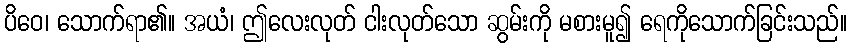
ပိဝေ၊ သောက်ရာ၏။ အယံ၊ ဤလေးလုတ် ငါးလုတ်သော ဆွမ်းကို မစားမူ၍ ရေကိုသောက်ခြင်းသည်။